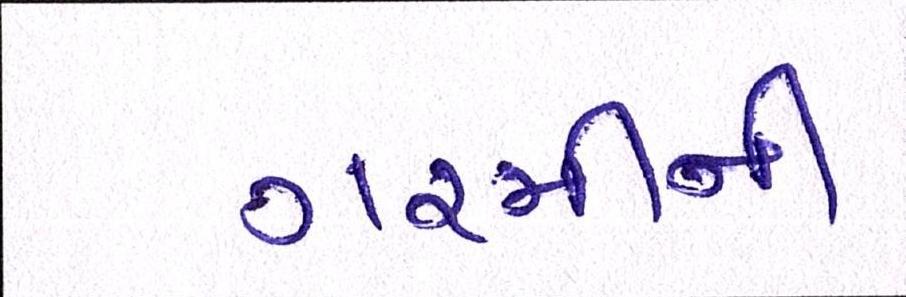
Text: ગરમીની